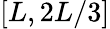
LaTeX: [{L},2{L}/3]